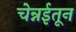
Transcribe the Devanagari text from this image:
चेन्नईतून